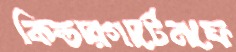
কিন্ডারগার্টেনফে